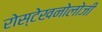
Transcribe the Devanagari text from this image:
रोस्टेखनोलोजी